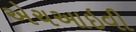
એચઆઇવી